Rules regarding the measures to be adopted on the outbreak of cholera or appearance of small-pox
Disease focus: Cholera
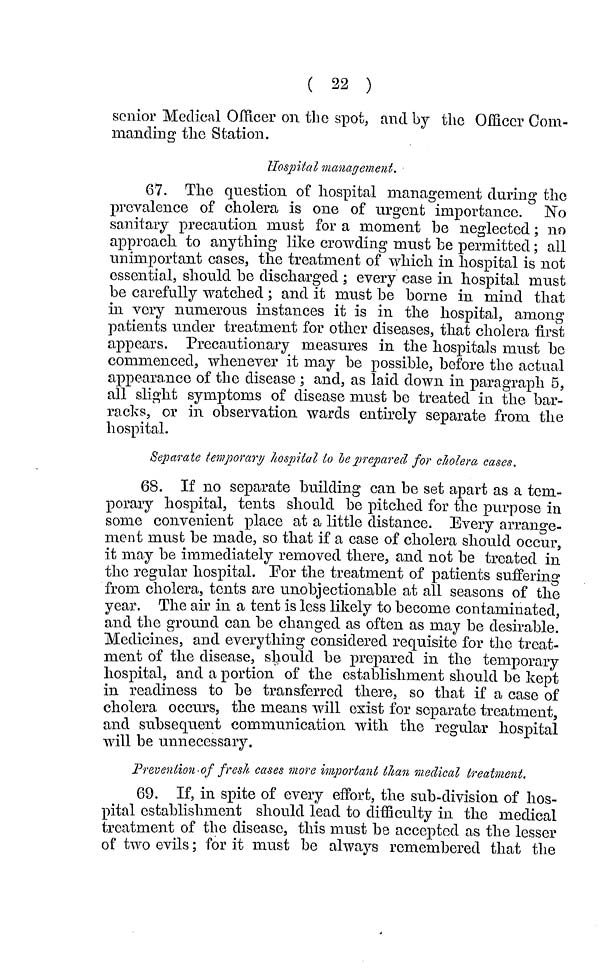
( 22 )
senior Medical Officer on the spot, and by the Officer Com-
manding the Station.
Hospital management.
67. The question of hospital management during the
prevalence of cholera is one of urgent importance. No
sanitary precaution must for a moment be neglected ; no
approach to anything like crowding must be permitted ; all
unimportant cases, the treatment of which in hospital is not
essential, should be discharged ; every case in hospital must
be carefully watched ; and it must be borne in mind that
in very numerous instances it is in the hospital, among
patients under treatment for other diseases, that cholera first
appears. Precautionary measures in the hospitals must be
commenced, whenever it may be possible, before the actual
appearance of the disease ; and, as laid down in paragraph 5,
all slight symptoms of disease must be treated in the bar-
racks, or in observation wards entirely separate from the
hospital.
Separate temporary hospital ίο le prepared for cholera cases.
68. If no separate building can be set apart as a tem-
porary hospital, tents should be pitched for the purpose in
some convenient place at a little distance. Every arrange-
ment must be made, so that if a case of cholera should occur,
it may be immediately removed there, and not be treated in
the regular hospital. For the treatment of patients suffering
from cholera, tents are unobjectionable at all seasons of the
year. The air in a tent is less likely to become contaminated,
and the ground can be changed as often as may be desirable.
Medicines, and everything considered requisite for the treat-
ment of the disease, should be prepared in the temporary
hospital, and a portion of the establishment should be kept
in readiness to be transferred there, so that if a case of
cholera occurs, the means will exist for separate treatment,
and subsequent communication, with the regular hospital
will be unnecessary.
Prévention of fresh cases more important than medical treatment.
69. If, in spite of every effort, the sub-division of hos-
pital establishment should lead to difficulty in the medical
treatment of the disease, this must be accepted as the lesser
of two evils ; for it must be always remembered that the